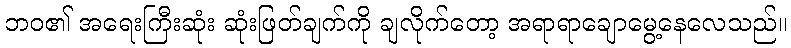
ဘဝ၏ အရေးကြီးဆုံး ဆုံးဖြတ်ချက်ကို ချလိုက်တော့ အရာရာချောမွေ့နေလေသည်။